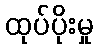
ထုပ်ပိုးမှု